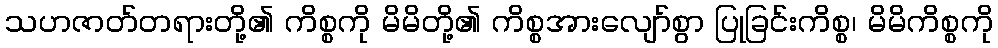
သဟဇာတ်တရားတို့၏ ကိစ္စကို မိမိတို့၏ ကိစ္စအားလျော်စွာ ပြုခြင်းကိစ္စ၊ မိမိကိစ္စကို